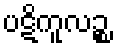
ပဋိကူလဉ္စ